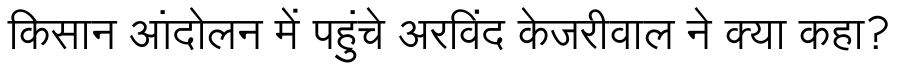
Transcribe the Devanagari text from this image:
किसान आंदोलन में पहुंचे अरविंद केजरीवाल ने क्या कहा?